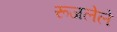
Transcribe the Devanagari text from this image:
रूजलेले